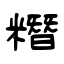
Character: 糣